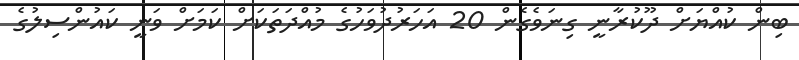
ބިން ކުއްޔަށް ދޫކުރާނީ ގިނަވެގެން 20 އަހަރުދުވަހުގެ މުއްދަތަކަށް ކަމަށް ވަނީ ކައުންސިލުގެ